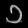
Digit: ၁